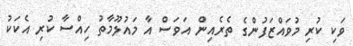
ވަކި ކުރި މުވައްޒަފުންގެ ތެރެއިން އަވަސް އާ މައުލޫމާތު ހިއްސާ ކުރި އެކަކު